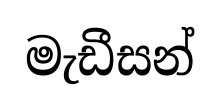
මැඩීසන්